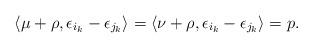
LaTeX: \begin{align*}\langle \mu + \rho, \epsilon_{i_k}-\epsilon_{j_k}\rangle = \langle \nu + \rho, \epsilon_{i_k}-\epsilon_{j_k}\rangle = p.\end{align*}